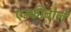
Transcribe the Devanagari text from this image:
एम्फीबोले